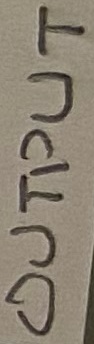
Text: OUTPUT